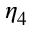
\eta _ { 4 }